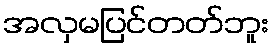
အလှမပြင်တတ်ဘူး